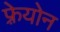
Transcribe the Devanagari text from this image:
फ़्रेयोन